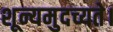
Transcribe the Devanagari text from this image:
शून्यमुदच्यते।